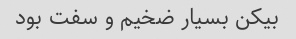
بیکن بسیار ضخیم و سفت بود